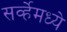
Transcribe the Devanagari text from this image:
सर्व्हेमध्ये